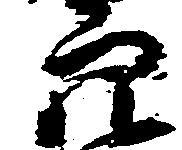
穴